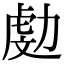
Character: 𠢅